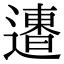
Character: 𨗐